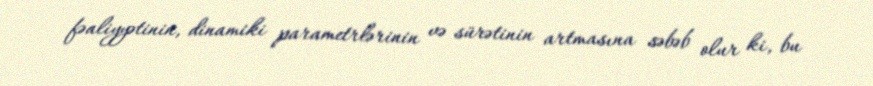
fəaliyyətinin, dinamiki parametrlərinin və sürətinin artmasına səbəb olur ki, bu